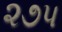
૨૭પ